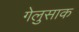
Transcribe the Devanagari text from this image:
गेलुसाक